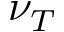
\nu _ { T }